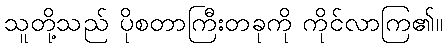
သူတို့သည် ပိုစတာကြီးတခုကို ကိုင်လာကြ၏။